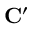
\mathbf { C ^ { \prime } }